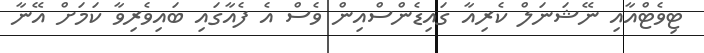
ޓިވެޓްއާއި ނޭޝަނަލް ކެރިއާ ގައިޑެންސްއިން ވެސް އެ ފެއާގައި ބައިވެރިވާ ކަމަށް އޭނާ